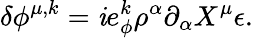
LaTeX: \delta\phi^{\mu,k}=\mathit{i}e_{\phi}^{k}\rho^{\alpha}\partial_{\alpha}X^{\mu}\epsilon.